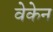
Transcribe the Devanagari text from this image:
वेकेन